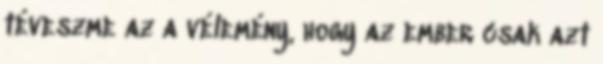
téveszme az a vélemény, hogy az ember csak azt